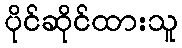
ပိုင်ဆိုင်ထားသူ